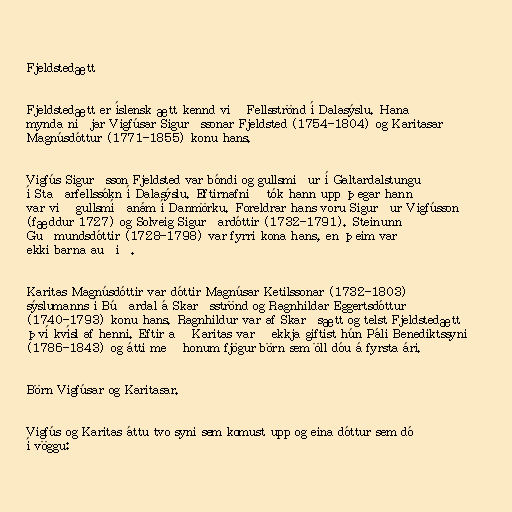
Fjeldstedætt

Fjeldstedætt er íslensk ætt kennd við Fellsströnd í Dalasýslu. Hana
mynda niðjar Vigfúsar Sigurðssonar Fjeldsted (1754-1804) og Karitasar
Magnúsdóttur (1771-1855) konu hans.

Vigfús Sigurðsson Fjeldsted var bóndi og gullsmiður í Galtardalstungu
í Staðarfellssókn í Dalasýslu. Eftirnafnið tók hann upp þegar hann
var við gullsmíðanám í Danmörku. Foreldrar hans voru Sigurður Vigfússon
(fæddur 1727) og Solveig Sigurðardóttir (1732-1791). Steinunn
Guðmundsdóttir (1728-1798) var fyrri kona hans, en þeim varð
ekki barna auðið.

Karitas Magnúsdóttir var dóttir Magnúsar Ketilssonar (1732-1803)
sýslumanns í Búðardal á Skarðsströnd og Ragnhildar Eggertsdóttur
(1740-1793) konu hans. Ragnhildur var af Skarðsætt og telst Fjeldstedætt
því kvísl af henni. Eftir að Karitas varð ekkja giftist hún Páli Benediktssyni
(1786-1843) og átti með honum fjögur börn sem öll dóu á fyrsta ári.

Börn Vigfúsar og Karitasar.

Vigfús og Karitas áttu tvo syni sem komust upp og eina dóttur sem dó
í vöggu: